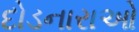
દોડનારાઓ